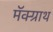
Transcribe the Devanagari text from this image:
मॅक्ग्राथ